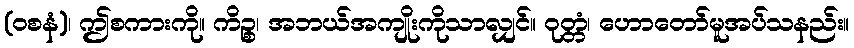
(ဝစနံ)၊ ဤစကားကို။ ကိဉ္စ၊ အဘယ်အကျိုးကိုသာလျှင်။ ဝုတ္တံ၊ ဟောတော်မူအပ်သနည်း။